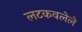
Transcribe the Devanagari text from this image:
लटकवलेले